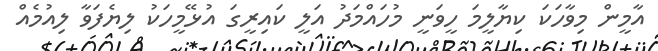
އާމީން މިވާހަކަ ކިޔާލީމަ ހީވަނީ މުހަައްމަދު އަލީ ކައިރީގަ އުޅޭމީހަކު ލިޔެފަވާ ލިއުމެއް